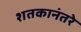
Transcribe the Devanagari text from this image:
शतकानंतरे